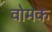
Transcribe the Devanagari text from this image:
वोमक